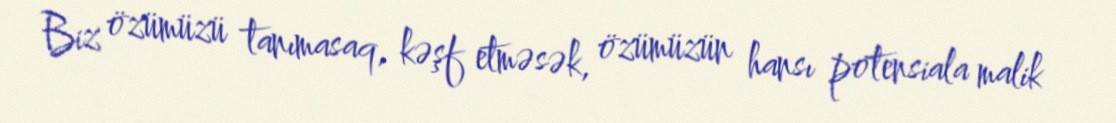
Biz özümüzü tanımasaq, kəşf etməsək, özümüzün hansı potensiala malik